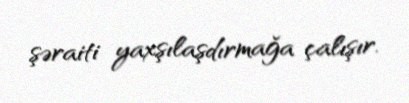
şəraiti yaxşılaşdırmağa çalışır.